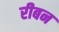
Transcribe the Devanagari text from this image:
रीबन